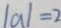
\vert a \vert = 2